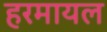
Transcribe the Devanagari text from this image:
हरमायल